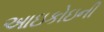
આઇકોઇની